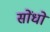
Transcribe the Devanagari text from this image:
सोंधो